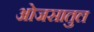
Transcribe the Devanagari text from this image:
ओजसातुल